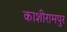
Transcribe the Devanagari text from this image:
काशीरामपुर